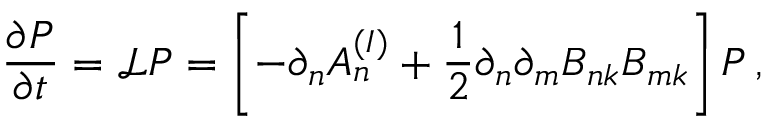
\frac { \partial P } { \partial t } = \mathcal { L } P = \left[ - \partial _ { n } A _ { n } ^ { ( I ) } + \frac { 1 } { 2 } \partial _ { n } \partial _ { m } B _ { n k } B _ { m k } \right] P \, ,